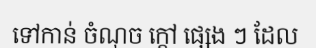
ទៅកាន់ ចំណុច ក្តៅ ផ្សេង ៗ ដែល